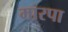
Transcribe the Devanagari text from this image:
मारपा